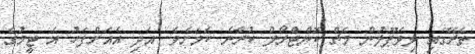
ތެރޭގައި ލިވަޕޫލުން މެޗް ކޮންޓްރޯލް ކުރާނެ ކަމަށެވެ. އަދި އެއަށްފަހު އެ ޓީމުގެ